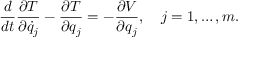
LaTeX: { \frac { d } { d t } } { \frac { \partial T } { \partial { \dot { q } } _ { j } } } - { \frac { \partial T } { \partial q _ { j } } } = - { \frac { \partial V } { \partial q _ { j } } } , \quad j = 1 , \ldots , m .